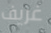
غريف